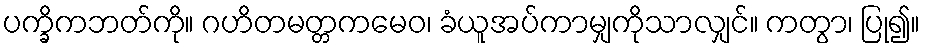
ပက္ခိကဘတ်ကို။ ဂဟိတမတ္တကမေဝ၊ ခံယူအပ်ကာမျှကိုသာလျှင်။ ကတွာ၊ ပြု၍။